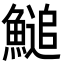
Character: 𩺬